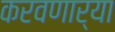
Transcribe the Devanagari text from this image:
करवणार्‍या